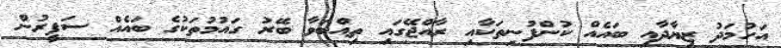
އަހުމަދު ޒިޔާދާއި ބައެއް ކުންފުނިތަކާއި ރާއްޖޭގައި ތިއްބަވާ ބޭރު ގައުމުތަކުގެ ބައެއް ސަފީރުން